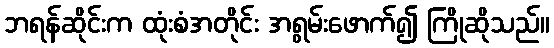
ဘရန်ဆိုင်းက ထုံးစံအတိုင်း အရွမ်းဖောက်၍ ကြိုဆိုသည်။